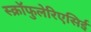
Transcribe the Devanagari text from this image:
स्क्रॉफुलेरिएसिई